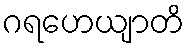
ဂရဟေယျာတိ